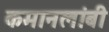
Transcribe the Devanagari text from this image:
कमानलांबी